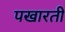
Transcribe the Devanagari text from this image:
पखारती